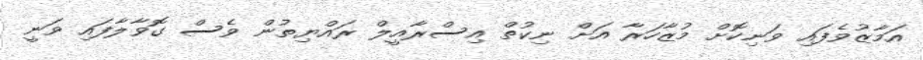
އަމާޒުވެފައި ވަނިކޮށް މުޒާހަރާ އަށް ނިކުތް އިސްރާއީލް ރައްޔިތުން ވެސް ގޮވާލާފައި ވަނީ